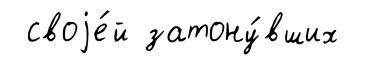
своjе́й затону́вших